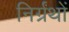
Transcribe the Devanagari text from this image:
निर्ग्रंथों